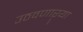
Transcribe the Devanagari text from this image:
उठवणाऱ्या